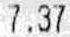
7.37